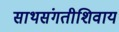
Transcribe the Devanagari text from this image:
साथसंगतीशिवाय